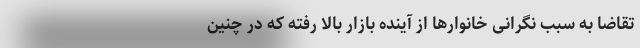
تقاضا به سبب نگرانی خانوارها از آینده بازار بالا رفته که در چنین